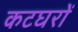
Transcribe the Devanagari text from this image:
कटघरों